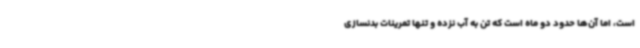
است، اما آن‌ها حدود دو ماه است که تن به آب نزده و تنها تمرینات بدنسازی